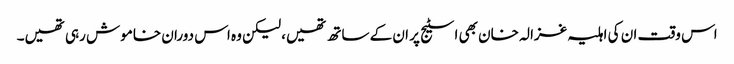
اس وقت ان کی اہلیہ غزالہ خان بھی اسٹیج پر ان کے ساتھ تھیں، لیکن وہ اس دوران خاموش رہی تھیں۔